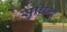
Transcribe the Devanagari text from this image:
सुधिन्द्र